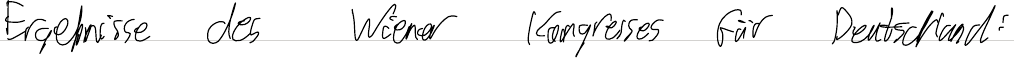
Ergebnisse des Wiener Kongresses für Deutschland: